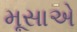
મૂસાએ